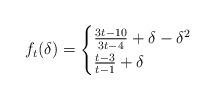
LaTeX: \begin{align*}f_t(\delta)=\begin{cases}\frac{3t-10}{3t-4}+\delta-\delta^2 & \cr\frac{t-3}{t-1}+\delta & \end{cases}\end{align*}